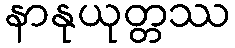
နာနုယုတ္တဿ